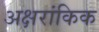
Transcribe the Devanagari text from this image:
अक्षरांकिक